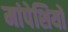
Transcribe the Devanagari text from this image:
मांपेशियों